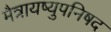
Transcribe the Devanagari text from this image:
मैत्रायष्युपनिषद